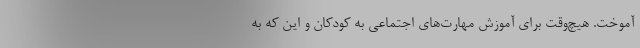
آموخت. هیچ‌وقت برای آموزش مهارت‌های اجتماعی به کودکان و این که به